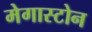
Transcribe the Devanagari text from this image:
मेगास्टोन